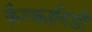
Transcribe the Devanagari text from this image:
फैल्कानिडी